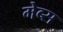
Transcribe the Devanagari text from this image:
मेब्स